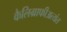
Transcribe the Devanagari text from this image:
कैलिग्राफीअत्यंत